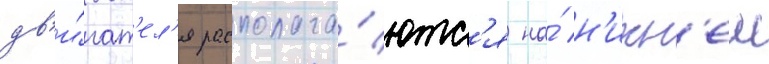
дв'и́гат'ел'я располага́ютс'я на́ н'ижн'еи